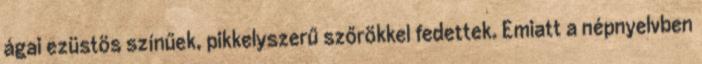
ágai ezüstös színűek, pikkelyszerű szőrökkel fedettek. Emiatt a népnyelvben